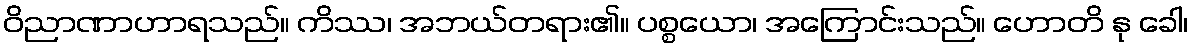
ဝိညာဏာဟာရသည်။ ကိဿ၊ အဘယ်တရား၏။ ပစ္စယော၊ အကြောင်းသည်။ ဟောတိ နု ခေါ၊